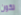
تكون